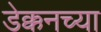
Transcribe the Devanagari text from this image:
डेक्कनच्या